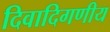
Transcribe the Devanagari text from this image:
दिवादिगणीय